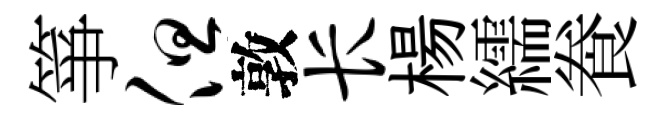
箏但敦长楊繻飬